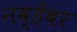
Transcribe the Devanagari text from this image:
नव्हेंबर